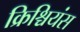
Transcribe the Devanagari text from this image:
क्रिश्चियंस